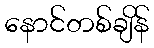
နောင်တစ်ချိန်